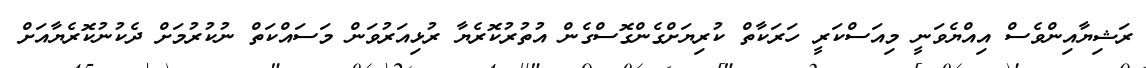
ރަޝިޔާއިންވެސް އިއްޔެވަނީ މިއަސްކަރީ ހަރަކާތް ކުރިޔަށްގެންގޮސްގެން އުތުރުކޮރެޔާ ރުޅިއަރުވަން މަސައްކަތް ނުކުރުމަށް ދެކުނުކޮރެޔާއަށް